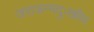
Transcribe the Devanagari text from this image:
जराजन्मदुःखौघ